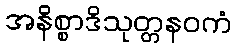
အနိစ္စာဒိသုတ္တနဝကံ